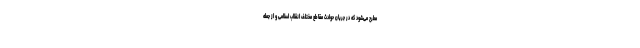
مطرح می‌شود که در جریان حوادث مقاطع مختلف انقلاب اسلامی و از جمله